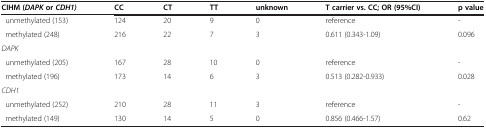
| CIHM (DAPKorCDH1) | CC | CT | TT | unknown | T carrier vs. CC; OR (95%CI) | p value |
 | --- | --- | --- | --- | --- | --- | --- |
 | unmethylated (153) | 124 | 20 | 9 | 0 | reference | - |
 | methylated (248) | 216 | 22 | 7 | 3 | 0.611 (0.343-1.09) | 0.096 |
 | DAPK |  |  |  |  |  |  |
 | unmethylated (205) | 167 | 28 | 10 | 0 | reference | - |
 | methylated (196) | 173 | 14 | 6 | 3 | 0.513 (0.282-0.933) | 0.028 |
 | CDH1 |  |  |  |  |  |  |
 | unmethylated (252) | 210 | 28 | 11 | 3 | reference | - |
 | methylated (149) | 130 | 14 | 5 | 0 | 0.856 (0.466-1.57) | 0.62 |